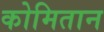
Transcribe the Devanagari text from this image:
कोमितान